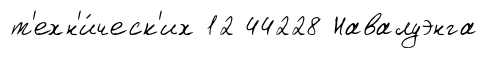
т'ехн'и́ческ'их 12 44228 Навалуэнга